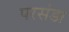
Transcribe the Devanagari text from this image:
परसंडा